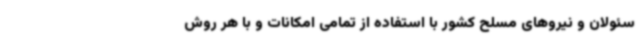
سئولان و نیروهای مسلح کشور با استفاده از تمامی امکانات و با هر روش